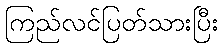
ကြည်လင်ပြတ်သားပြီး